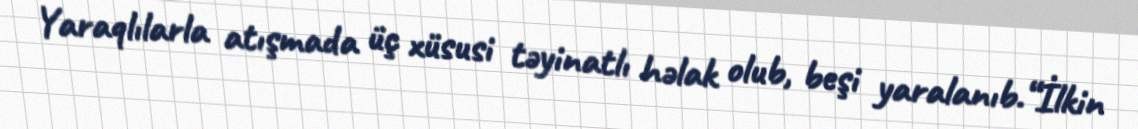
Yaraqlılarla atışmada üç xüsusi təyinatlı həlak olub, beşi yaralanıb.“İlkin